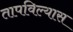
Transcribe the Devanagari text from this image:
तापविल्यास